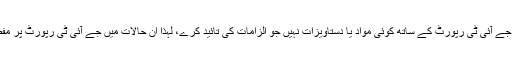
ملزمان نے موقف اختیار کیا کہ جے آئی ٹی رپورٹ کے ساتھ کوئی مواد یا دستاویزات نہیں جو الزامات کی تائید کرے، لہذا ان حالات میں جے آئی ٹی رپورٹ پر مفصل جواب دینے سے قاصر ہیں۔